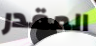
المقدر